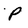
Character: P